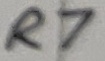
Text: R7